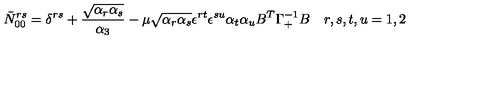
\bar { N } _ { 0 0 } ^ { r s } = \delta ^ { r s } + { \frac { \sqrt { \alpha _ { r } \alpha _ { s } } } { \alpha _ { 3 } } } - \mu \sqrt { \alpha _ { r } \alpha _ { s } } \epsilon ^ { r t } \epsilon ^ { s u } \alpha _ { t } \alpha _ { u } B ^ { T } \Gamma _ { + } ^ { - 1 } B \quad r , s , t , u = 1 , 2